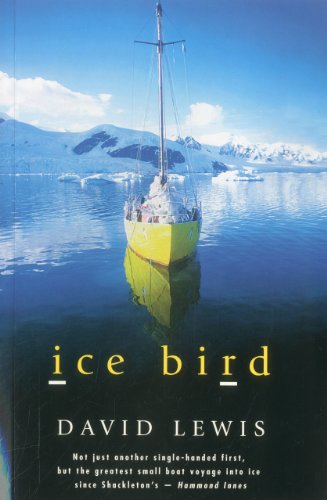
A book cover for Ice Bird: The Classic Story of the First Single-Handed Voyage to Antarctica; David Lewis; Travel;